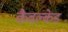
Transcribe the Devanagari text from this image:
कैवल्केड